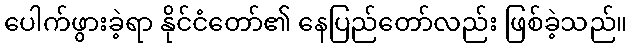
ပေါက်ဖွားခဲ့ရာ နိုင်ငံတော်၏ နေပြည်တော်လည်း ဖြစ်ခဲ့သည်။